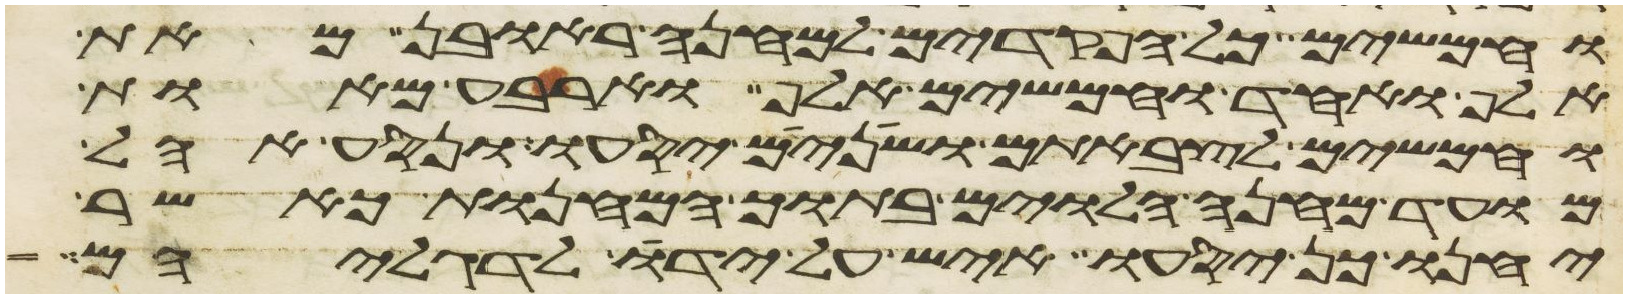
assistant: וחמשים כל הפקדים למחנה ראובן מאת
אלף ואחד וחמשים אלף וארבע מאות
וחמשים לצבאתם ושנים יסעו ונסע אהל
מועד מחנה הלוים בתוך המחנות כאשר
יחנו כן יסעו איש על ידו לדגליהם